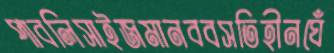
পাবলিসাইজমানববসতিহীনঘেঁ